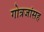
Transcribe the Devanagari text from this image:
गोत्रजांसह